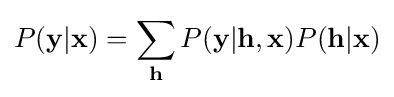
P(\mathbf {y} |\mathbf {x} )=\sum _{\mathbf {h} }P(\mathbf {y} |\mathbf {h} ,\mathbf {x} )P(\mathbf {h} |\mathbf {x} )